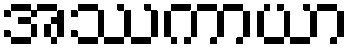
အဿကာယာ